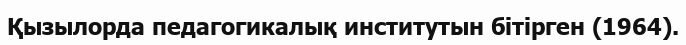
Қызылорда педагогикалық институтын бітірген (1964).